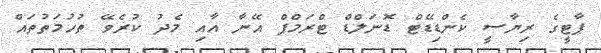
ޕާޓީގެ ރިޔާސީ ކެންޑިޑޭޓް ޑޮނަލްޑް ޓްރަމްޕް އޭނާ އާއި މެދު ކުރެވޭ ތުހުމަތުތައް